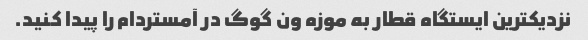
نزدیکترین ایستگاه قطار به موزه ون گوگ در آمستردام را پیدا کنید.